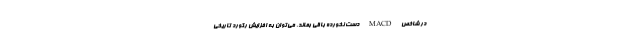
در شاخص MACD دست نخورده باقی بماند، می‌توان به افزایش رکورد تاریخی